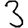
Digit: 3